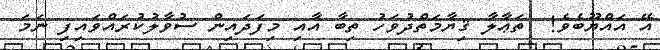
އޭ އައްޔޫބެވެ!  ތަޢާލާ ޤިޔާމަތްދުވަހު ތިބާ އާއި މިފަދައިން ސުވާލުކުރައްވައިފި ނަމަ